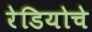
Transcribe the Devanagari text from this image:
रेडियोचे